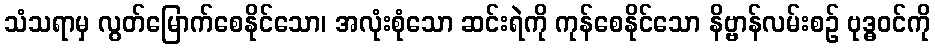
သံသရာမှ လွတ်မြောက်စေနိုင်သော၊ အလုံးစုံသော ဆင်းရဲကို ကုန်စေနိုင်သော နိဗ္ဗာန်လမ်းစဉ် ဗုဒ္ဓဝင်ကို